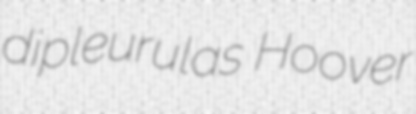
dipleurulas Hoover